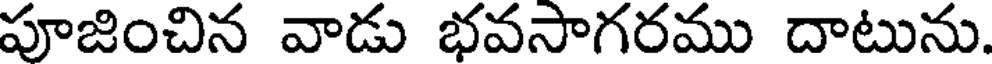
పూజించిన వాడు భవసాగరము దాటును.